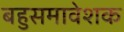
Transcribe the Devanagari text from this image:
बहुसमावेशक